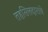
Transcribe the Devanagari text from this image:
तहसिलदाराचे